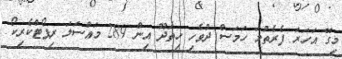
މިގޭ އަހަރަ ފެރެތުމަ ހަމަސް ދުވެހި ހިތަދޫ އިން 289 މައްސަލަ ރިޕޯޓްކެރިކޯ